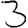
Digit: 3